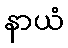
နာယံ